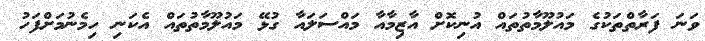
ވަނަ ފަރާތްތަކުގެ މައުލޫމާތުތައް އުނިކޮށް އާޒިމާއާ މައްސަލައާ ގުޅޭ މައުލޫމާތުތައް އެކަނި ހިމެނުމަށްފަހު